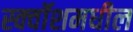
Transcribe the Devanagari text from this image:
स्क्वॉशमधील